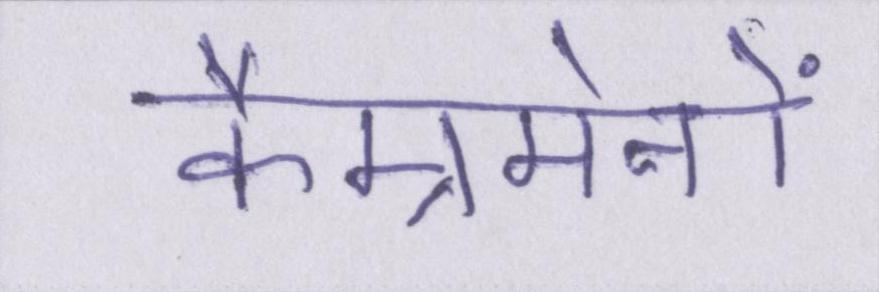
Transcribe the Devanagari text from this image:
कैम्रमेनों